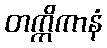
တက္ကိကာနံ